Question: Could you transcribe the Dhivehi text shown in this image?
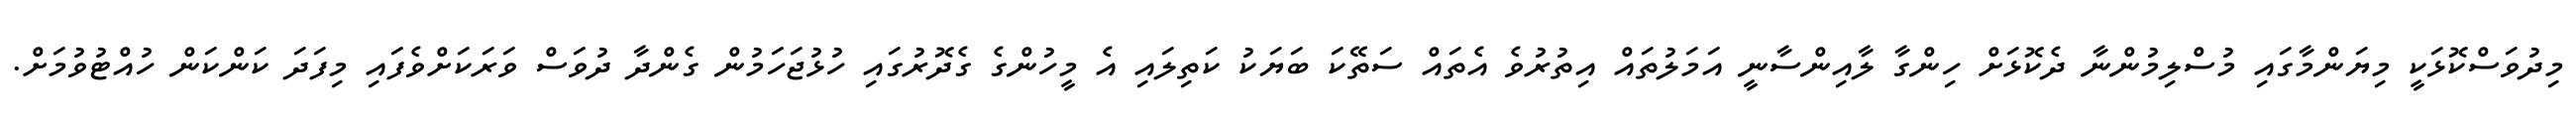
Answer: މިދުވަސްކޮޅަކީ މިޔަންމާގައި މުސްލިމުންނާ ދެކޮޅަށް ހިންގާ ލާއިންސާނީ އަމަލުތައް އިތުރުވެ އެތައް ސަތޭކަ ބަޔަކު ކަތިލައި އެ މީހުންގެ ގެދޮރުގައި ހުޅުޖަހަމުން ގެންދާ ދުވަސް ވަރަކަށްވެފައި މިފަދަ ކަންކަން ހުއްޓުވުމަށް.